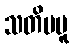
သတိမမူ